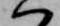
ハ